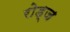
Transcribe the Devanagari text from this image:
रोड्ज